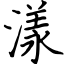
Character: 漾